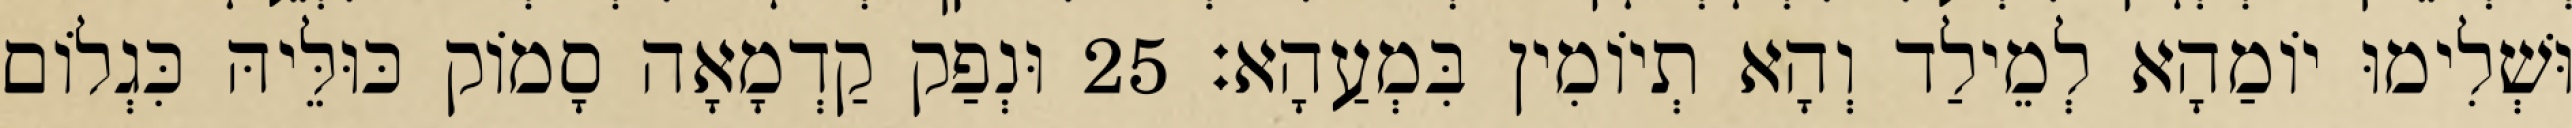
וּשְׁלִימוּ יוֹמַהָא לְמֵילַד וְהָא תְיוֹמִין בִּמְעַהָא׃ 25 וּנְפַק קַדְמָאָה סָמוֹק כּוּלֵּיהּ כִּגְלוֹם